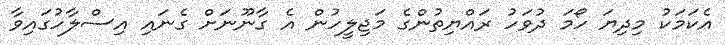
އެކަމަކު މިދިޔަ ހޯމަ ދުވަހު ރައްޔިތުންގެ މަޖިލީހުން އެ ގާނޫނަށް ގެނައި އިސްލާހުގައިވާ